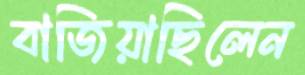
বাজিয়াছিলেন